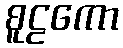
စူဠကော